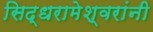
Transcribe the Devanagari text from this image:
सिद्धरामेश्वरांनी